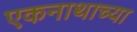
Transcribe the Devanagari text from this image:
एकनाथाच्या